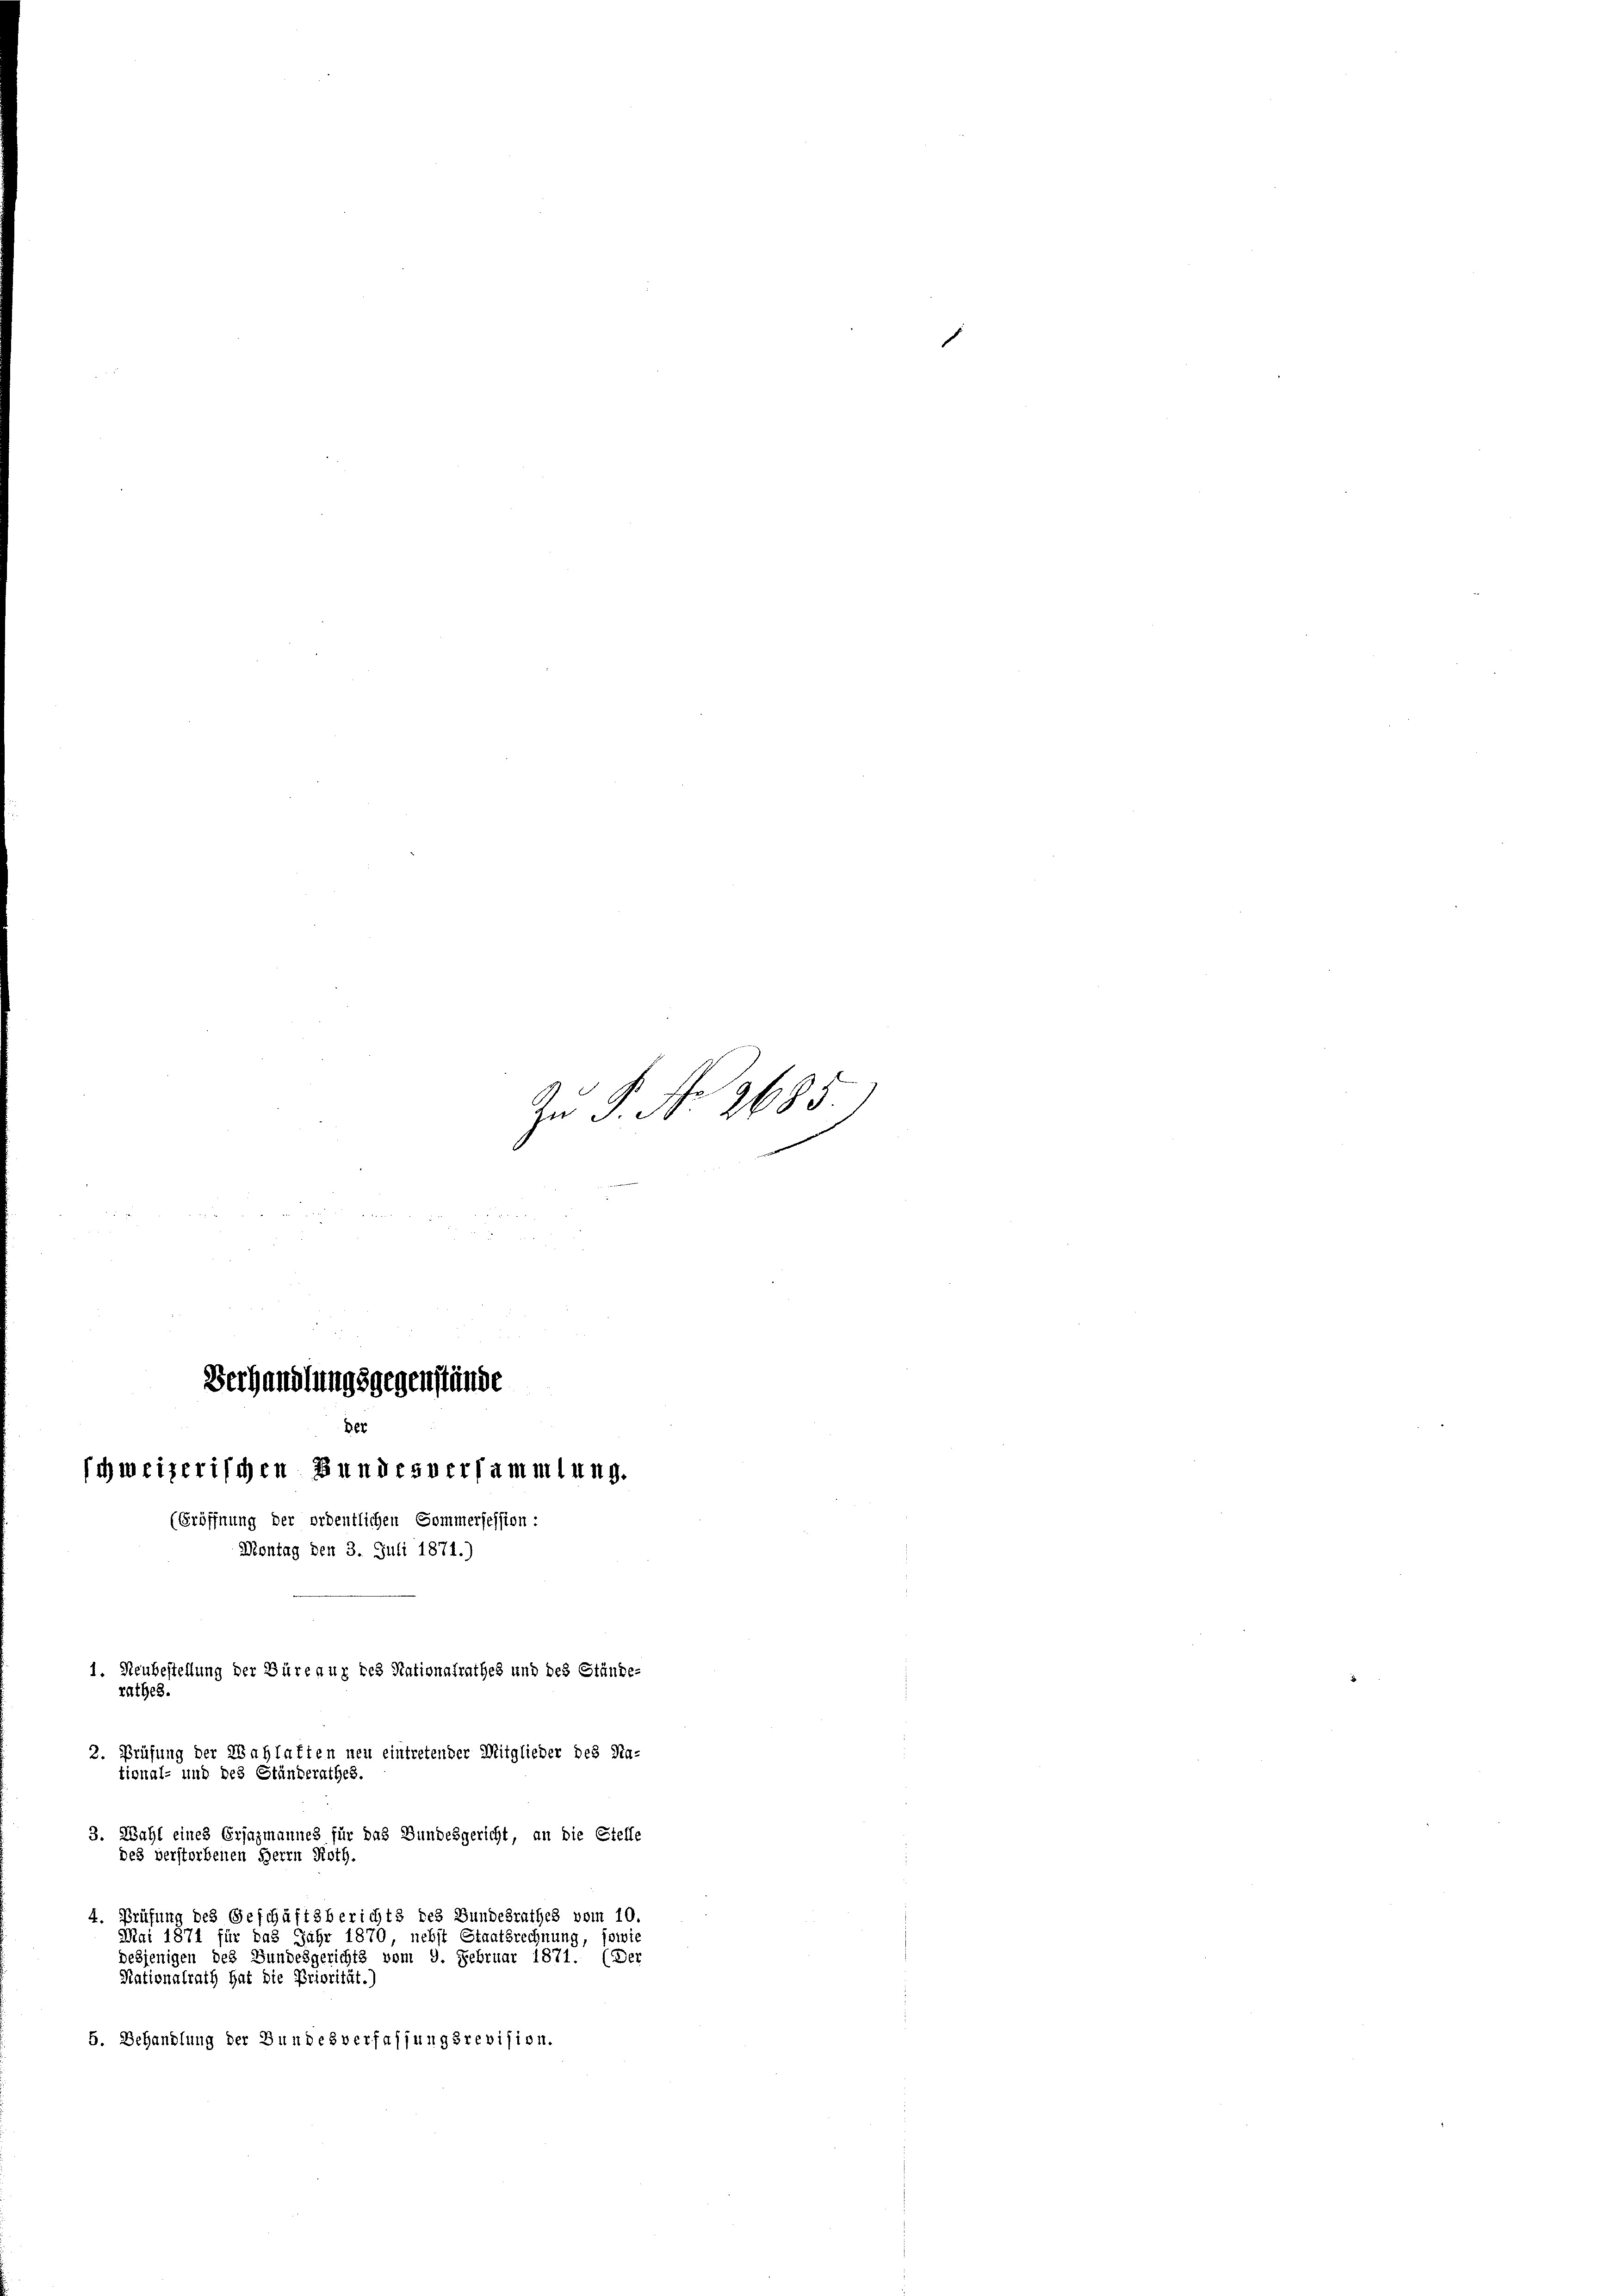
Der
schweizerischen Bundesversammlung.
Eröffnung der ordentlichen Sommersession:
Montag den 3. Juli 1871.)
1. Neubestellung der Büreaux des Nationalrathes und des Stände-
rathes.

2. Prüfung der Wahlatten neu eintretender Mitglieder des Na-
tional- und des Ständerathes.
3. Wahl eines Erjazmannes für das Bundesgericht, an die Stelle
des verstorbenen Herrn Roth.
4. Prüfung des Geschäftsberichts des Bundesrathes vom 10.
Mai 1871 für das Jahr 1870 nebst Staatsrechnung, sowie
desjenigen des Bundesgerichts vom 9. Februar 1871. (Der
Nationalrath hat die Priorität.)
5. Behandlung der Bundesverfassungsrevision.

Zu P. No 2685.)

Verhandlungsgegenstände